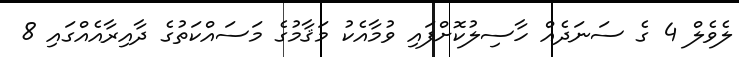
ލެވެލް 4 ގެ ސަނަދެއް ހާސިލުކޮށްފައި ވުމާއެކު މަޤާމުގެ މަސައްކަތުގެ ދާއިރާއެއްގައި 8